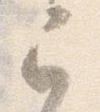
已